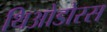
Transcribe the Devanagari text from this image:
थिओडोरस